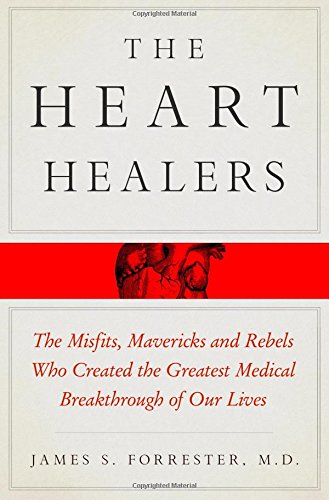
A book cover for The Heart Healers: The Misfits, Mavericks, and Rebels Who Created the Greatest Medical Breakthrough of Our Lives; James s. Forrester; Medical Books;